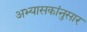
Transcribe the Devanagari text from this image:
अभ्यासकांनुसार